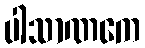
ပါသာဏကေ